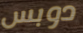
دوبس